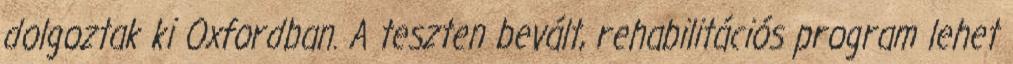
dolgoztak ki Oxfordban. A teszten bevált, rehabilitációs program lehet